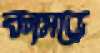
কামড়ে